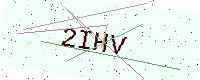
Text: 2IHV